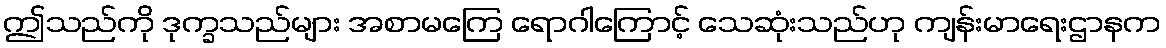
ဤသည်ကို ဒုက္ခသည်များ အစာမကြေ ရောဂါကြောင့် သေဆုံးသည်ဟု ကျန်းမာရေးဌာနက